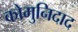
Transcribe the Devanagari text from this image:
कोमुनिदाद